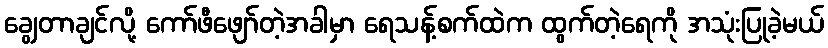
ချွေတာချင်လို့ ကော်ဖီဖျော်တဲ့အခါမှာ ရေသန့်စက်ထဲက ထွက်တဲ့ရေကို အသုံးပြုခဲ့မယ်